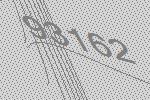
93162